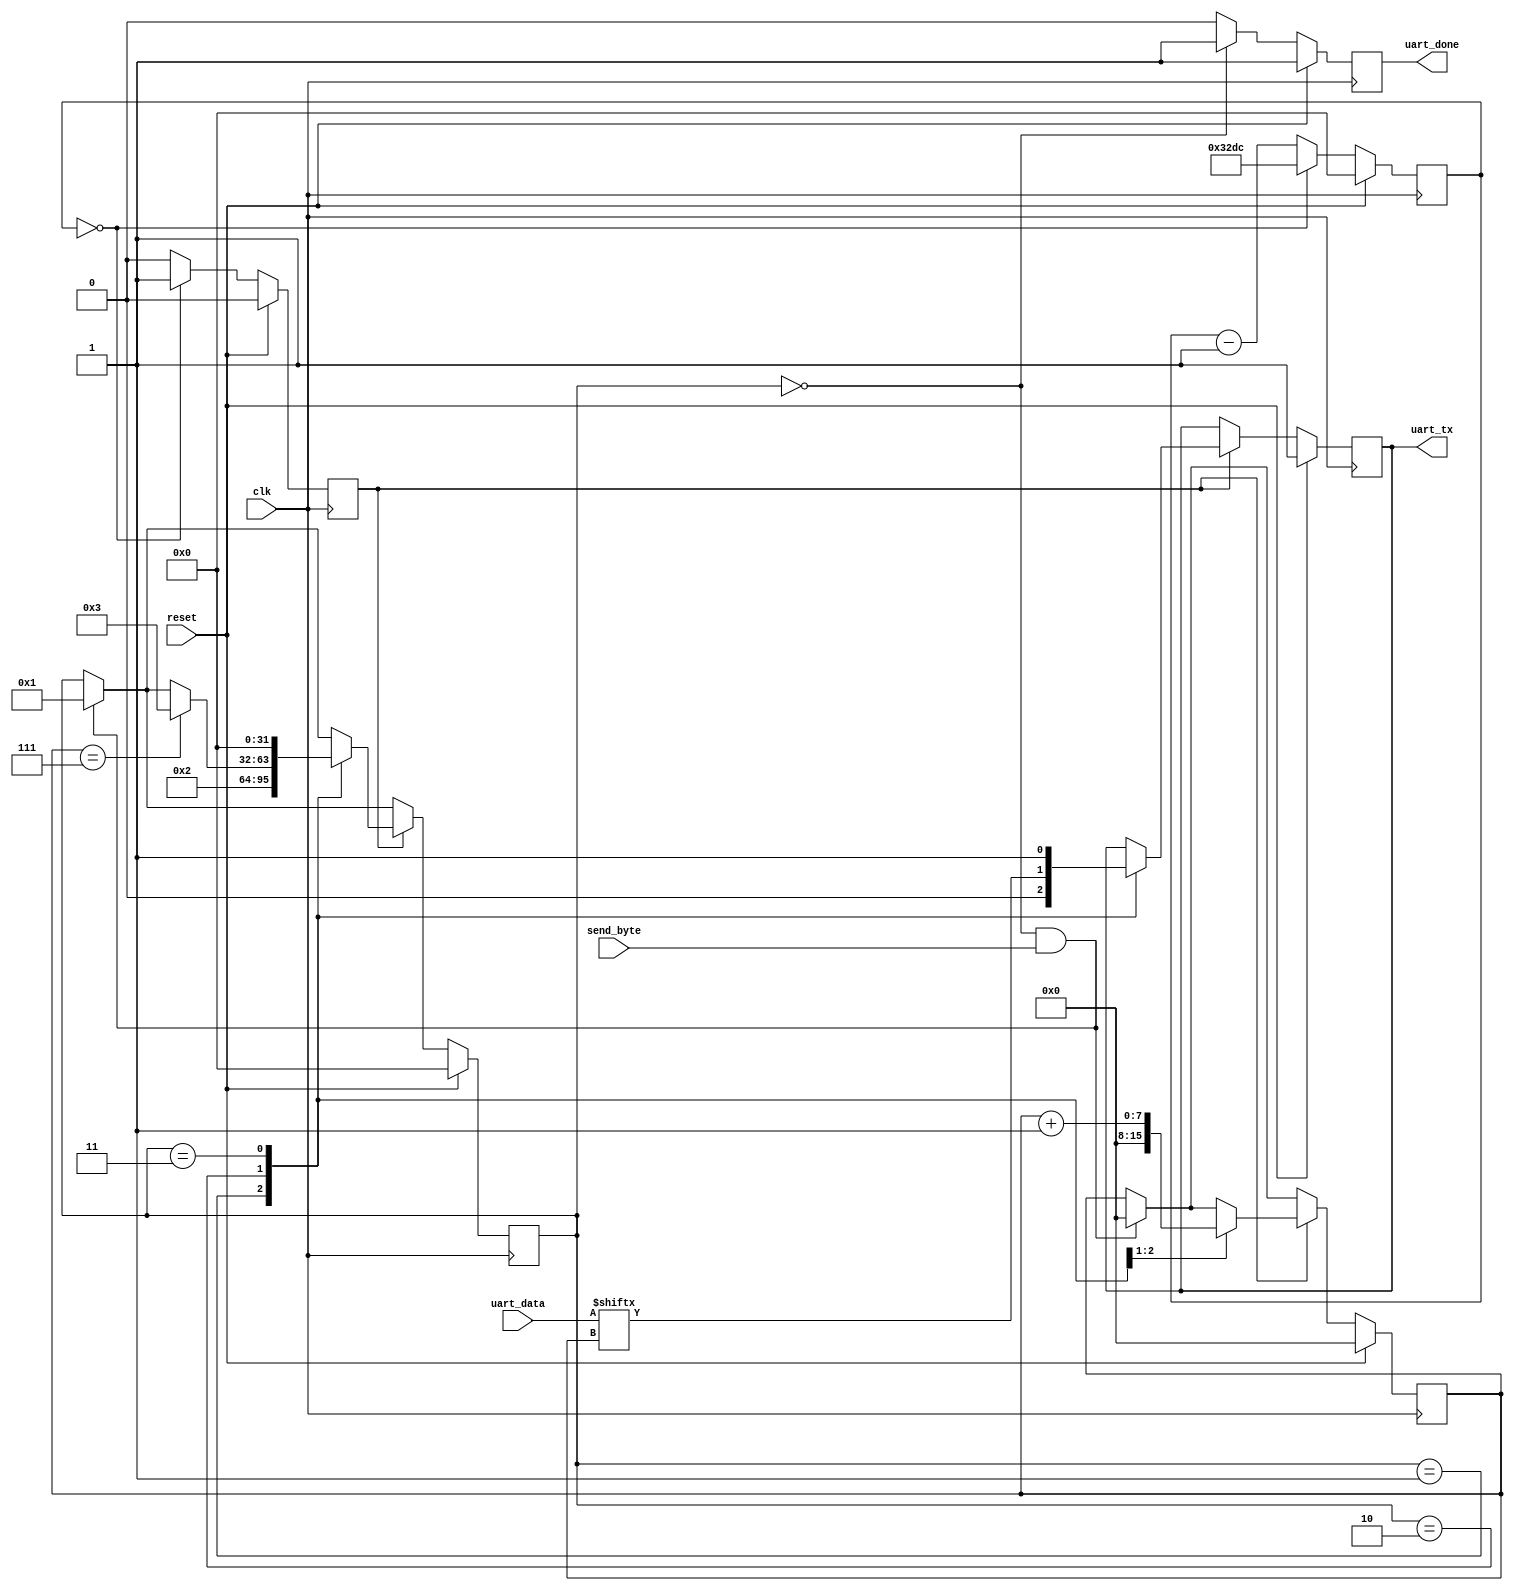
//------------------------------------------------------------------------
// uart_tx.v
//
// Simple UART transmit module, can be controlled through the FrontPanel
// interface.
//
//------------------------------------------------------------------------
// Copyright (c) 2018 Opal Kelly Incorporated
// 
// Permission is hereby granted, free of charge, to any person obtaining a copy
// of this software and associated documentation files (the "Software"), to deal
// in the Software without restriction, including without limitation the rights
// to use, copy, modify, merge, publish, distribute, sublicense, and/or sell
// copies of the Software, and to permit persons to whom the Software is
// furnished to do so, subject to the following conditions:
// 
// The above copyright notice and this permission notice shall be included in all
// copies or substantial portions of the Software.
// 
// THE SOFTWARE IS PROVIDED "AS IS", WITHOUT WARRANTY OF ANY KIND, EXPRESS OR
// IMPLIED, INCLUDING BUT NOT LIMITED TO THE WARRANTIES OF MERCHANTABILITY,
// FITNESS FOR A PARTICULAR PURPOSE AND NONINFRINGEMENT. IN NO EVENT SHALL THE
// AUTHORS OR COPYRIGHT HOLDERS BE LIABLE FOR ANY CLAIM, DAMAGES OR OTHER
// LIABILITY, WHETHER IN AN ACTION OF CONTRACT, TORT OR OTHERWISE, ARISING FROM,
// OUT OF OR IN CONNECTION WITH THE SOFTWARE OR THE USE OR OTHER DEALINGS IN THE
// SOFTWARE.
//
//------------------------------------------------------------------------

`timescale 1ns/1ps
`default_nettype none

module uart_tx(
	input  wire       clk,
	input  wire       reset,

	output reg        uart_tx,

	input  wire [7:0] uart_data,
	output reg        uart_done,
	input  wire       send_byte
);

parameter CLK_DIV = 13020; // Must divide down to 9600 Hz

reg [31:0] div_count;
reg        div_enable;

reg [ 7:0] bit_pos;

always @(posedge clk) begin
	if (reset == 1'b1) begin
		div_count <= 32'h0;
		div_enable <= 1'b0;
	end else begin
		div_count <= div_count - 1'b1;
		div_enable <= 1'b0;

		if (div_count == 32'h0) begin
			div_count <= CLK_DIV;
			div_enable <= 1'b1;
		end
	end
end


reg [31:0] state;
localparam s_wait_start = 0,
           s_start      = 1,
           s_send_bit   = 2,
		   s_done       = 3;

always @(posedge clk) begin
	if (reset == 1'b1) begin
		uart_tx   <= 1'b1;
		bit_pos   <= 8'h0;
		state     <= s_wait_start;
		uart_done <= 1'b1;
	end else begin
		if ((state == s_wait_start) && (send_byte == 1'b1)) begin
			state <= s_start;
			bit_pos <= 8'h0;
			uart_done <= 1'b0;
		end
		
		if (state == s_wait_start) begin
			uart_done <= 1'b1;
		end else begin
			uart_done <= 1'b0;
		end

		if (div_enable == 1'b1) begin
			case (state)
				s_start: begin
					uart_tx <= 1'b0;
					state <= s_send_bit;
					bit_pos <= 8'h0;
				end

				s_send_bit: begin
					uart_tx <= uart_data[bit_pos];
					bit_pos <= bit_pos + 1'b1;

					if (bit_pos == 8'h7) begin
						state <= s_done;
					end
				end

				s_done: begin
					uart_tx <= 1'b1;
					state <= s_wait_start;
				end
			endcase
		end
	end
end

endmodule

`default_nettype wire